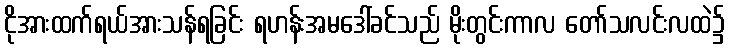
ငိုအားထက်ရယ်အားသန်ရခြင်း ရဟန်းအမဒေါ်ခင်သည် မိုးတွင်းကာလ တော်သလင်းလထဲ၌